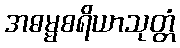
အဓမ္မစရိယာသုတ္တံ